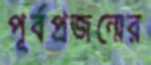
পূর্বপ্রজন্মের